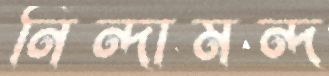
নিন্দামন্দ